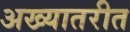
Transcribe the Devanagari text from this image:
अख्यातरीत